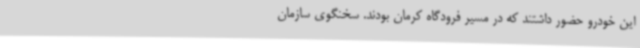
این خودرو حضور داشتند که در مسیر فرودگاه کرمان بودند. سخنگوی سازمان